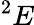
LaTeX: ^{2}E